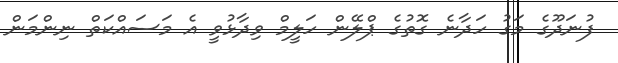
ފުނަދޫގެ މަގު ހަދާނެ ގޮތުގެ ޕްލޭން ހަލީމް ވިދާޅުވީ އެ މަސައްކަތް ނިންމަން